Report on the working of the Ranchi Indian Mental Hospital, Kanke, in Bihar and Orissa - 1930-1940
Year: 1930
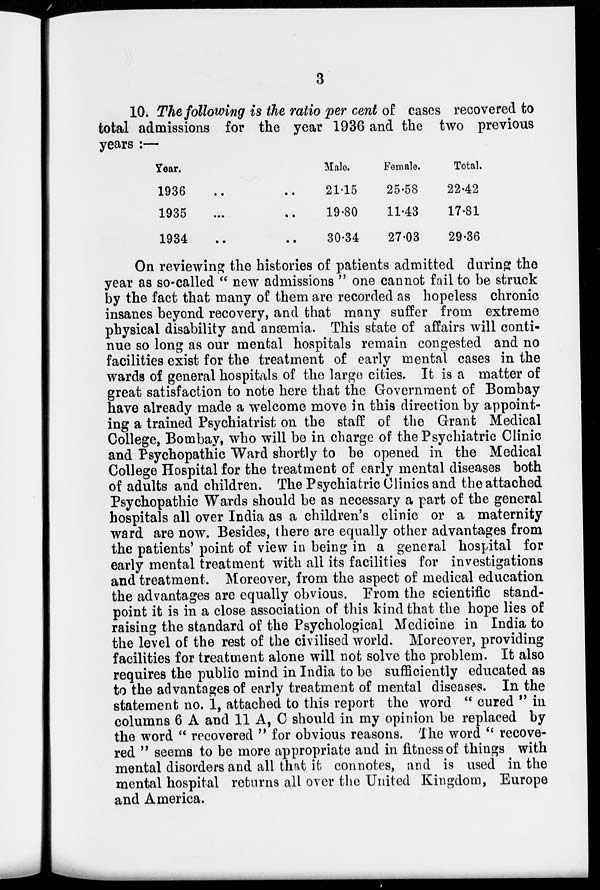
3
10. The following is the ratio per cent of cases recovered to
total admissions for the year 1936 and the two previous
years :—
Year.
1936 .. ..
1935 .. ..
1934 .. ..
Male.
21.15
19.80
30.34
Female.
25.58
11.43
27.03
Total.
22.42
17.81
29.36
On reviewing the histories of patients admitted during: the
year as so-called " new admissions " one cannot fail to be struck
by the fact that many of them are recorded as hopeless chronic
insanes beyond recovery, and that many suffer from extreme
physical disability and anæmia. This state of affairs will conti-
nue so long as our mental hospitals remain congested and no
facilities exist for the treatment of early mental cases in the
wards of general hospitals of the large cities. It is a matter of
great satisfaction to note here that the Government of Bombay
have already made a welcome move in this direction by appoint-
ing a trained Psychiatrist on the staff of the Grant Medical
College, Bombay, who will be in charge of the Psychiatric Clinic
and Psychopathic Ward shortly to be opened in the Medical
College Hospital for the treatment of early mental diseases both
of adults and children. The Psychiatric Clinics and the attached
Psychopathic Wards should be as necessary a part of the general
hospitals all over India as a children's clinic or a maternity
ward are now. Besides, there are equally other advantages from
the patients' point of view in being in a general hospital for
early mental treatment with all its facilities for investigations
and treatment. Moreover, from the aspect of medical education
the advantages are equally obvious. From the scientific stand-
point it is in a close association of this kind that the hope lies of
raising the standard of the Psychological Medicine in India to
the level of the rest of the civilised world. Moreover, providing
facilities for treatment alone will not solve the problem. It also
requires the public mind in India to be sufficiently educated as
to the advantages of early treatment of mental diseases. In the
statement no. 1, attached to this report the word " cured " in
columns 6 A and 11 A, C should in my opinion be replaced by
the word " recovered " for obvious reasons. The word " recove-
red " seems to be more appropriate and in fitness of things with
mental disorders and all that it connotes, and is used in the
mental hospital returns all over the United Kingdom, Europe
and America.